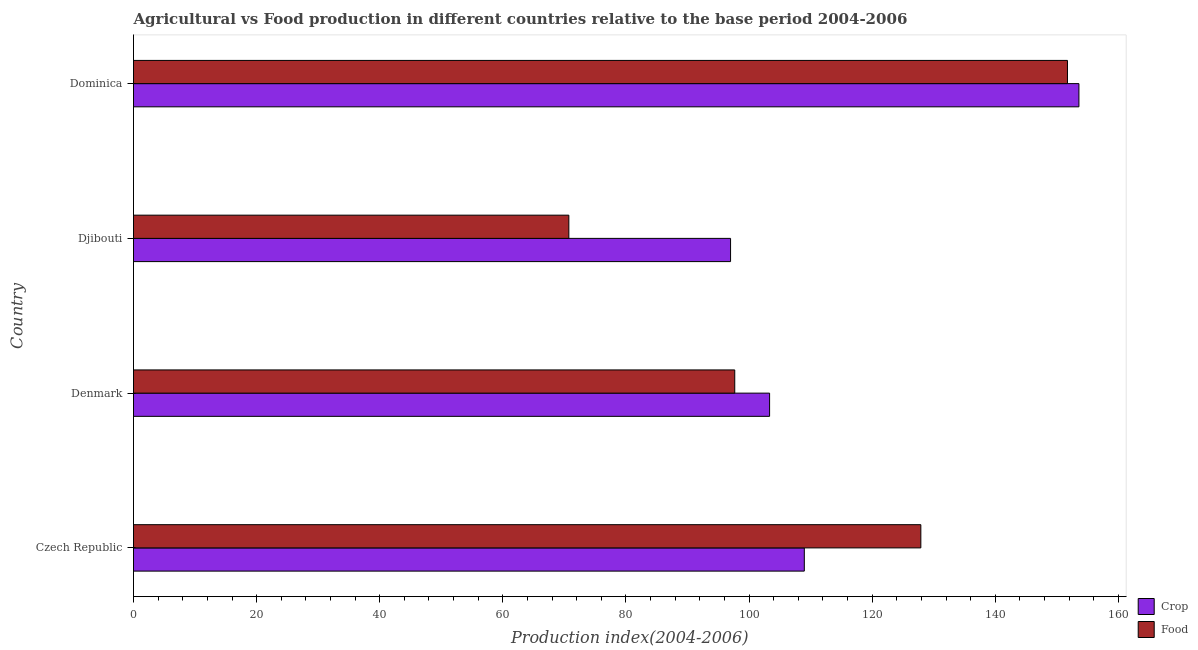
| Country | Crop | Food |
 | --- | --- | --- |
 | Czech Republic | 109 | 128 |
 | Denmark | 103 | 97.7 |
 | Djibouti | 97 | 70.7 |
 | Dominica | 154 | 152 |